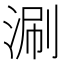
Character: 涮